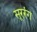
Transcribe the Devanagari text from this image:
सूररंग